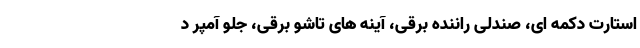
استارت دکمه ای، صندلی راننده برقی، آینه های تاشو برقی، جلو آمپر د